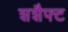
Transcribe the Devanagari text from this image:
शशैफ्ट